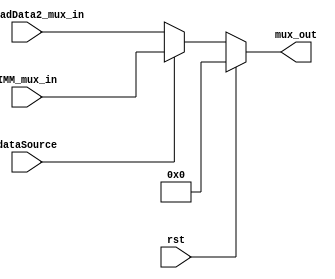
`timescale 1ns / 1ps
//////////////////////////////////////////////////////////////////////////////////
// Company: 
// Engineer: 
// 
// Design Name: 
// Module Name: nbit_mux
// Project Name: 
// Target Devices: 
// Tool Versions: 
// Description: 
// 
// Dependencies: 
// 
// Revision:
// Revision 0.01 - File Created
// Additional Comments:
// 
//////////////////////////////////////////////////////////////////////////////////


module nbit_mux(
    input [31:0]        S2_ReadData2_mux_in,
    input [31:0]        IMM_mux_in,
    input               dataSource,
    input               rst,
    output reg [31:0]   mux_out
    );
    
    always @ (*) begin
        if (rst) begin
            mux_out <= 32'b0;
        end
        else if (dataSource == 1) begin
            mux_out <= IMM_mux_in;
        end
        else begin
            mux_out <= S2_ReadData2_mux_in;
        end
    end
endmodule